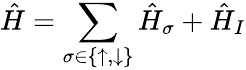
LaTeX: \hat{H}=\sum_{\sigma\in\{ \uparrow,\downarrow\} }\hat{H}_{\sigma}+\hat{H}_{I}